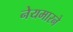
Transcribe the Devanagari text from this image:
नेयमारने